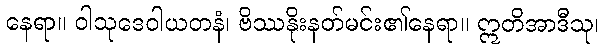
နေရာ။ ဝါသုဒေဝါယတနံ၊ ဗိဿနိုးနတ်မင်း၏နေရာ။ ဣတိအာဒီသု၊